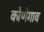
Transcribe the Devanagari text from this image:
कोणेगाव